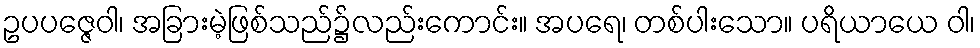
ဥပပဇ္ဇေဝါ၊ အခြားမဲ့ဖြစ်သည်၌လည်းကောင်း။ အပရေ၊ တစ်ပါးသော။ ပရိယာယေ ဝါ၊